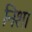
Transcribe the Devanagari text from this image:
निशा